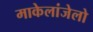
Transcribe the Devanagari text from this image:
माकेलांजेलो